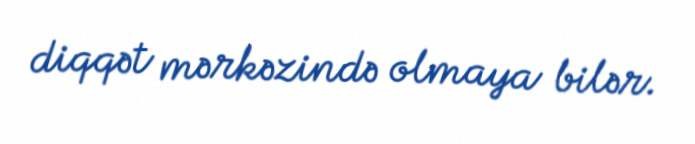
diqqət mərkəzində olmaya bilər.